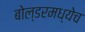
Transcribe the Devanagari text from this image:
बोल्डरमध्येच